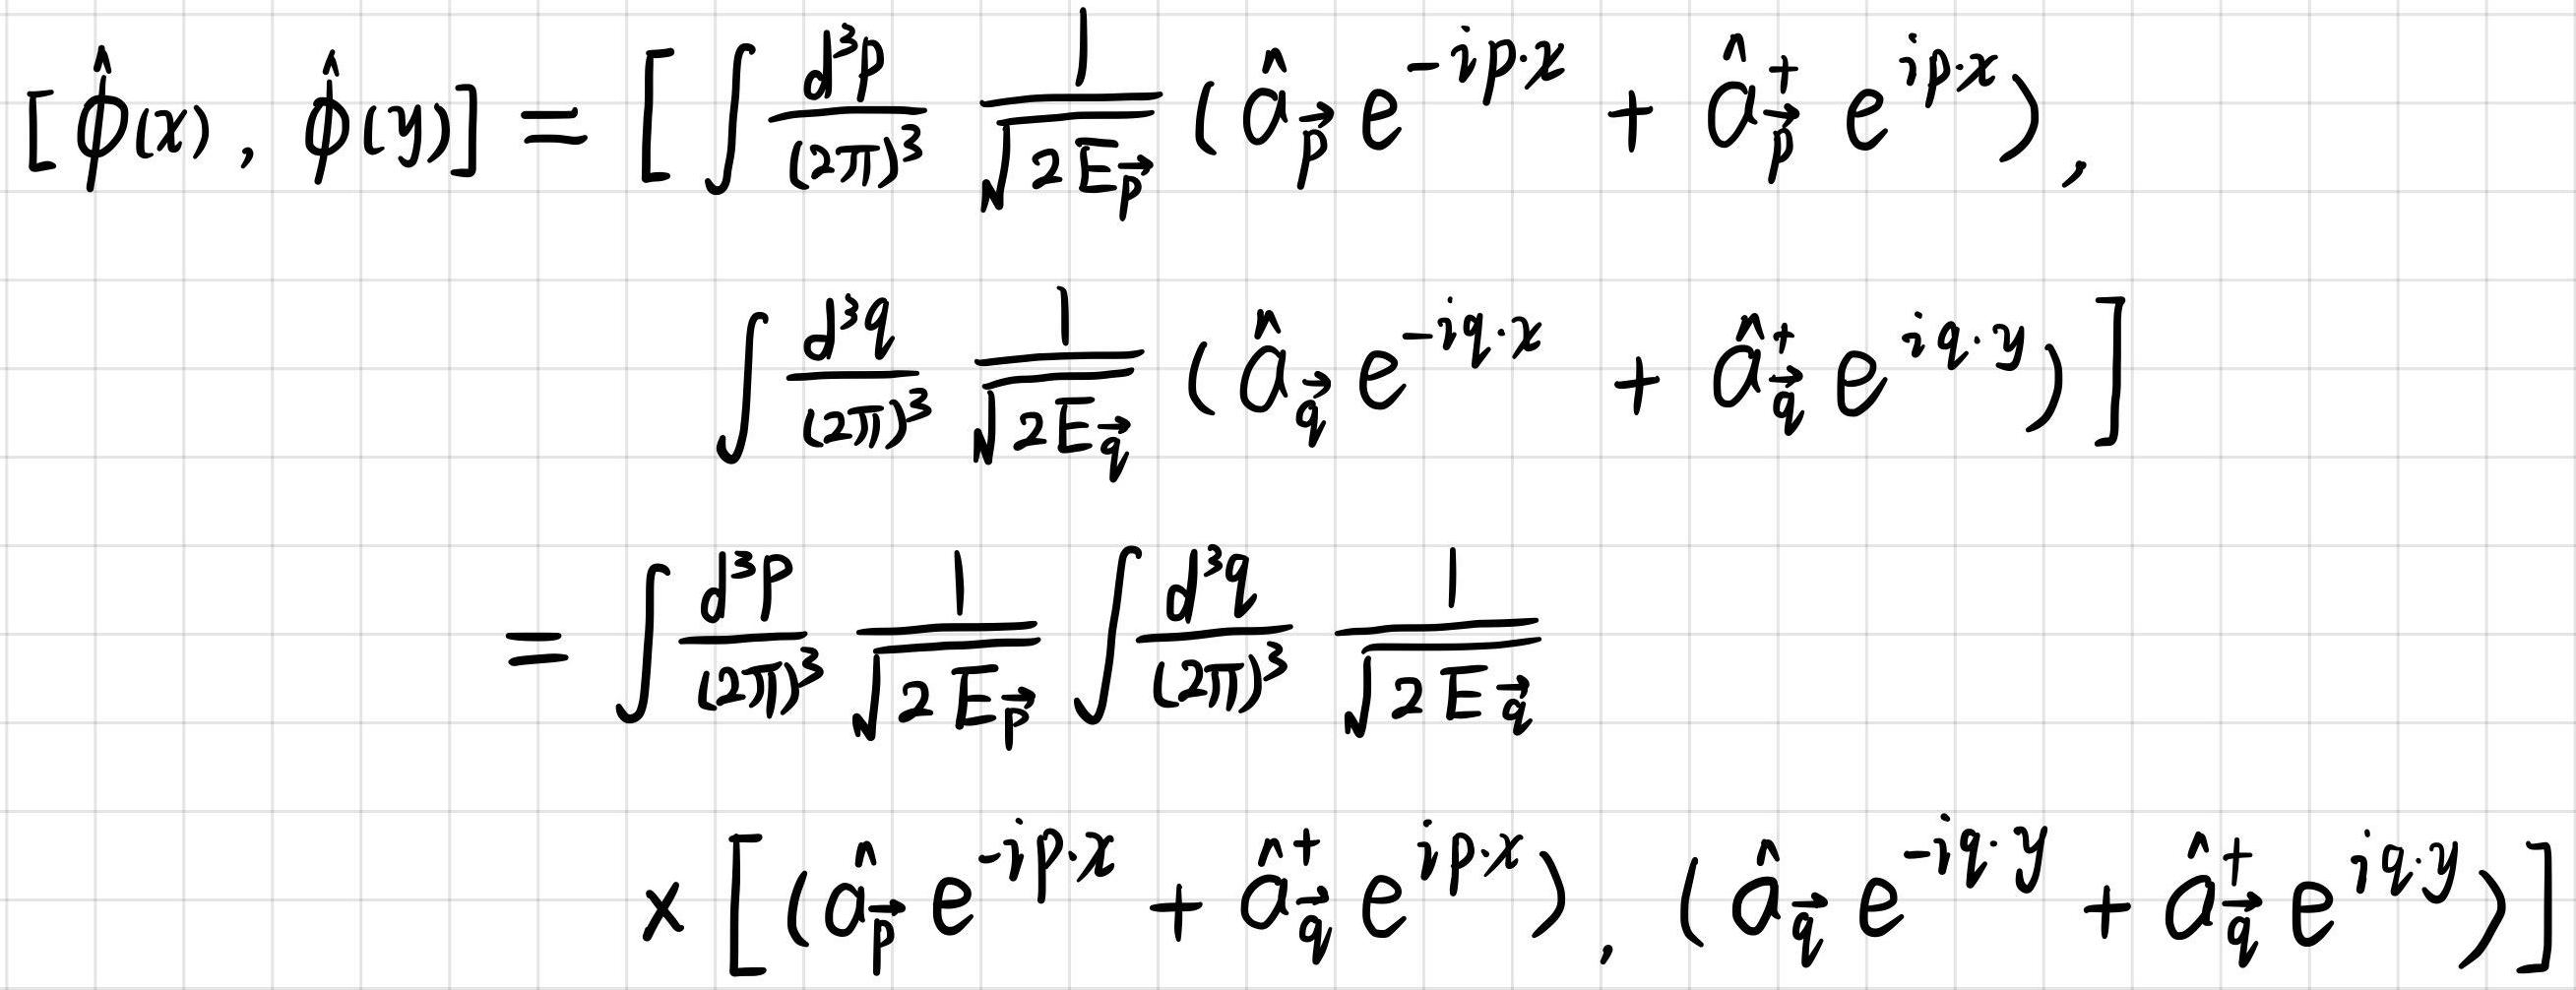
\[
\begin{align*}
[\hat{\phi}(x), \hat{\phi}(y)]&=\left[\int\frac{d^{3}p}{(2\pi)^{3}}\frac{1}{\sqrt{2E_{\vec{p}}}}(\hat{a}_{\vec{p}}e^{-ip\cdot x}+\hat{a}_{\vec{p}}^{\dagger}e^{ip\cdot x}),\right.\\
&\left.\int\frac{d^{3}q}{(2\pi)^{3}}\frac{1}{\sqrt{2E_{\vec{q}}}}(\hat{a}_{\vec{q}}e^{-iq\cdot x}+\hat{a}_{\vec{q}}^{\dagger}e^{iq\cdot y})\right]\\
&=\int\frac{d^{3}p}{(2\pi)^{3}}\frac{1}{\sqrt{2E_{\vec{p}}}}\int\frac{d^{3}q}{(2\pi)^{3}}\frac{1}{\sqrt{2E_{\vec{q}}}}\\
&\times\left[(\hat{a}_{\vec{p}}e^{-ip\cdot x}+\hat{a}_{\vec{q}}^{\dagger}e^{ip\cdot x}), (\hat{a}_{\vec{q}}e^{-iq\cdot y}+\hat{a}_{\vec{q}}^{\dagger}e^{iq\cdot y})\right]
\end{align*}
\]